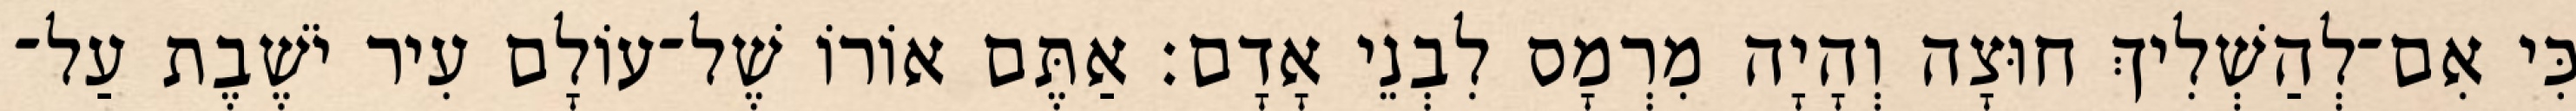
כִּי אִם־לְהַשְׁלִיךְ חוּצָה וְהָיָה מִרְמָס לִבְנֵי אָדָם׃ אַתֶּם אוֹרוֹ שֶׁל־עוֹלָם עִיר יֹשֶׁבֶת עַל־